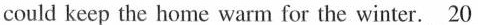
could keep the home warm for the winter. \underline{20}